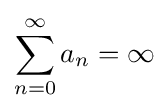
\sum _{n=0}^{\infty }a_{n}=\infty